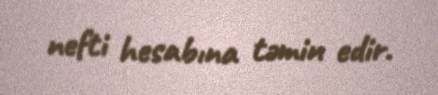
nefti hesabına təmin edir.